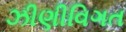
ઝીણીવિગત